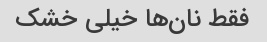
فقط نان‌ها خیلی خشک